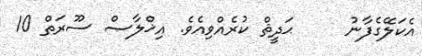
އެކަލޭގެފާނު     ޙަދީޘް ކުރެއްވިއެވެ. އިޚްލާޞް ސޫރަތް 10